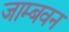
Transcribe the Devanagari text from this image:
जाम्बवन